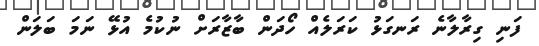
ފަނި ގިރާލާނެ ރަނގަޅު ކަރަލެއް ހޯދަން ބާޒާރަށް ނުކުމެ އުޅޭ ނަމަ ބަލަން